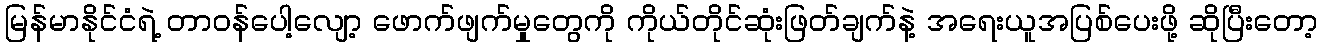
မြန်မာနိုင်ငံရဲ့ တာဝန်ပေါ့လျော့ ဖောက်ဖျက်မှုတွေကို ကိုယ်တိုင်ဆုံးဖြတ်ချက်နဲ့ အရေးယူအပြစ်ပေးဖို့ ဆိုပြီးတော့